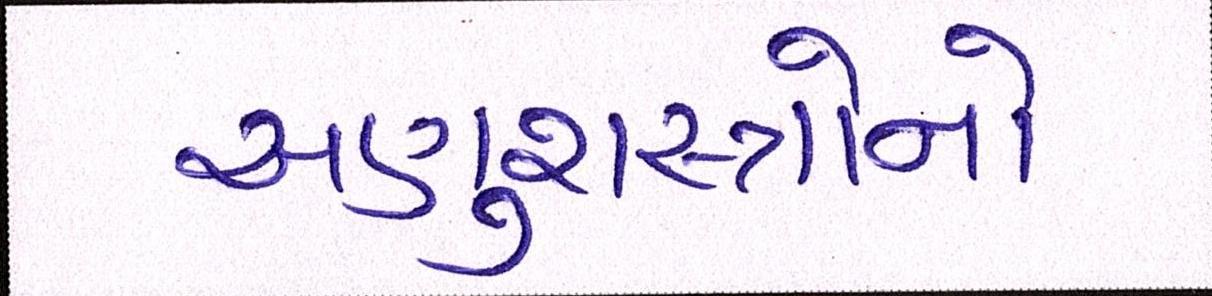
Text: અણુશસ્ત્રોનો